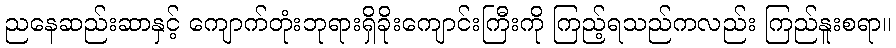
ညနေဆည်းဆာနှင့် ကျောက်တုံးဘုရားရှိခိုးကျောင်းကြီးကို ကြည့်ရသည်ကလည်း ကြည်နူးစရာ။